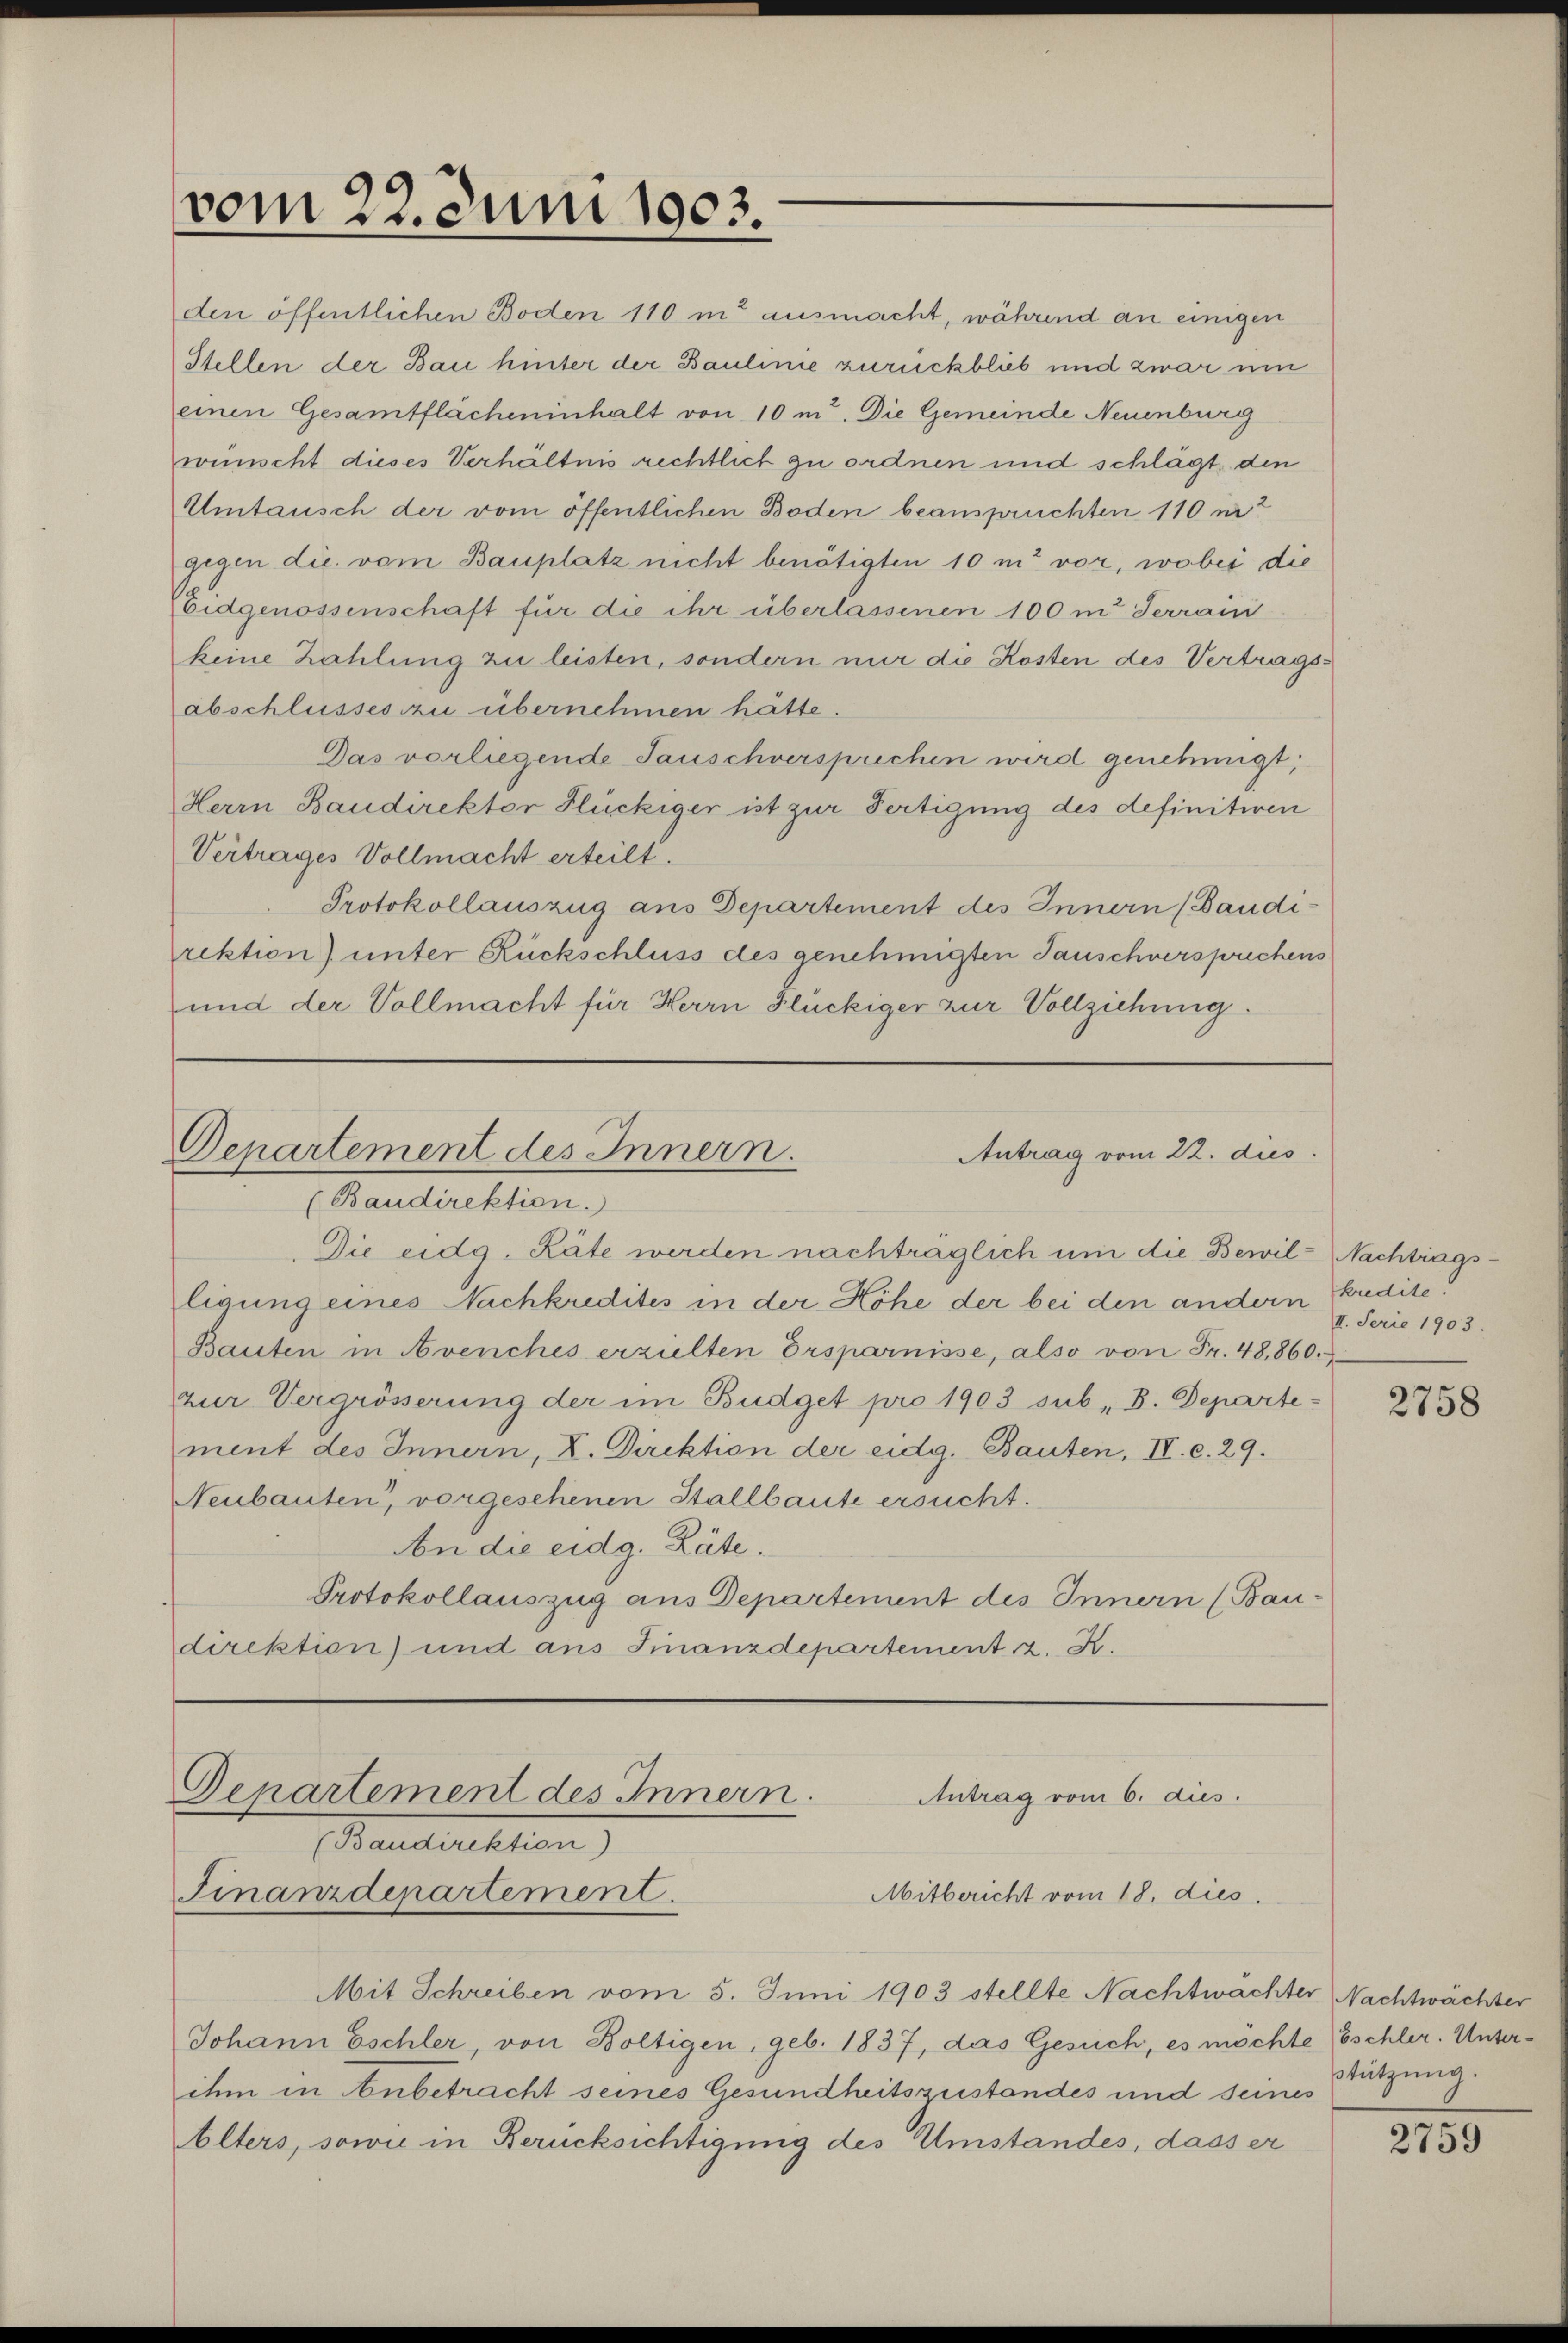
vom 22. Juni 1903.

den öffentlichen Boden 110 in ausmacht, während an einigen
Stellen der Bau hinter der Baulinie zurückblieb und zwar um
einen Gesamtflächeninhalt von 10 m. Die Gemeinde Neuenburg
wünscht dieses Verhältnis rechtlich zu ordnen und schlägt den
Umtausch der vom öffentlichen Boden beanspruchten 110 n 2
gegen die vom Bauplatz nicht benötigten 10 m vor, wobei die
(Eidgenossenschaft für die ihr überlassenen 100 m Terrain
keine Zahlung zu leisten, sondern nur die Kosten des Vertragsabschlusses zu übernehmen hätte.
Das vorliegende Tauschversprechen wird genehmigt;
Herrn Baudirekter Flückiger ist zur Fertigung des definitiven
Vertrages Vollmacht erteilt.
Protokollauszug aus Departement des Innern (Baudirektion) unter Rückschluss des genehmigten Tauschversprechens
und der Vollmacht für Herrn Glückiger zur Vollziehung.

Departement des Innern.
Antrag vom 22. dies
(Baudirektion.

Die eidg. Räte werden nachträglich um die Bewil-Nachtragsligung eines Nachkredites in der Höhe der bei den andern kredite
Bauten in Avenches erzielten Ersparnisse, also von Fr. 48860.
zur Vergrösserung der im Budget pro 1903 sub. B. Departement des Innern, K. Direktion der eidg. Bauten, IV. c. 29.
Neubauten, vorgesehenen Stallbaute ersucht.
An die eidg. Räte.
Protokollauszug aus Departement des Innern (Bau-
direktion) und aus Finanzdepartement z. K.

Mit Schreiben vom 5. Juni 1903 stellte Nachtwächter Nachtwächter
Johann Eschler, von Boltigen, geb. 1837, das Gesuch, es möchte Eschler. Unterihm in Anbetracht seines Gesundheitszustandes und seines
Alters, sowie in Berücksichtigung des Umstandes, dass er

Departement des Innern.
Antrag vom 6. dies
(Baudirektion
Finanzdepartement.
Mitbericht vom 18. dies

II. Ferie 1903.

2758

Stützung.

2755